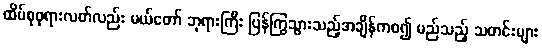
ထိပ်စုဖုရားလတ်လည်း မယ်တော် ဘုရားကြီး ပြန်ကြွသွားသည့်အချိန်ကစ၍ မည်သည့် သတင်းများ